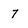
Character: 7